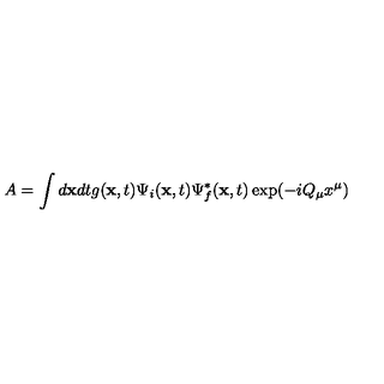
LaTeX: A = \int d { \bf x } d t g ( { \bf x } , t ) \Psi _ { i } ( { \bf x } , t ) \Psi _ { f } ^ { * } ( { \bf x } , t ) \exp ( - i Q _ { \mu } x ^ { \mu } )